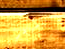
المصرفي